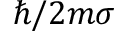
\hbar / 2 m \sigma